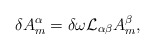
\begin{align*}\delta A^{\alpha}_m = \delta \omega {\cal L}_{\alpha \beta}A^{\beta}_m,\end{align*}